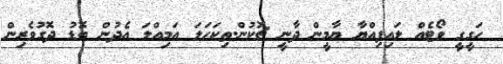
ހަގީގީ ވޯޓެއް ލައިފިއްޔާ ޔާމީން ދާނީ ޗޮކުން.ތިކަހަލަ އަމިއްލަ އެދުން ބޮޑު ދޮގުވެރިން